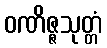
ဝဏိဇ္ဇသုတ္တံ